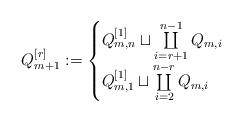
LaTeX: \begin{align*} Q_{m+1}^{[r]}:= \begin{cases} Q_{m,n}^{[1]}\sqcup\coprod\limits_{i=r+1}^{n-1} Q_{m,i} & \\ Q_{m,1}^{[1]}\sqcup\coprod\limits_{i=2}^{n-r} Q_{m,i} & \end{cases}\end{align*}